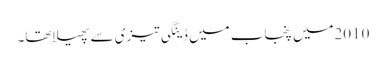
2010میں پنجاب میں ڈینگی تیزی سے پھیلاتھا۔